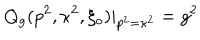
Q _ { g } ( p ^ { 2 } , \kappa ^ { 2 } , \xi _ { o } ) | _ { p ^ { 2 } = \kappa ^ { 2 } } = g ^ { 2 }